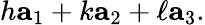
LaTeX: h\mathbf{a}_{1}+k\mathbf{a}_{2}+\ell\mathbf{a}_{3}.